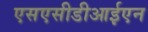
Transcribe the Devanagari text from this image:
एसएसीडीआईएन